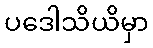
ပဒေါသိယိမှာ